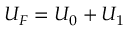
U _ { F } = U _ { 0 } + U _ { 1 }